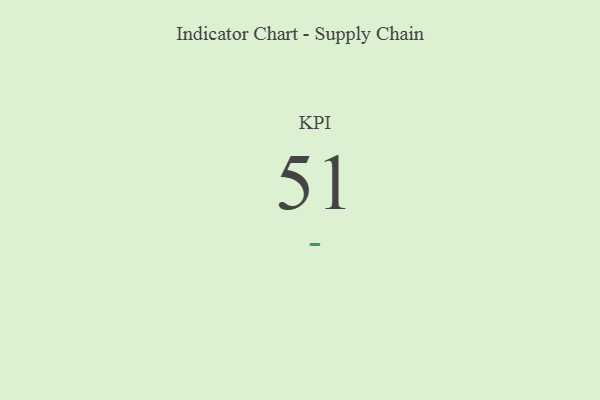
{"axis": {"x": "KPI", "y": "Value"}, "legend": [""], "data": [{"x": "KPI", "y": 51, "type": ""}]}